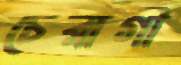
চেরাগী